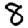
Digit: 8